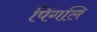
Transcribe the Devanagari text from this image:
पिंगलि